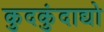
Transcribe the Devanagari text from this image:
कुदकुंदाद्यो